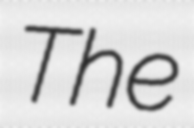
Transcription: The